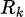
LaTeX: \scriptstyle R_{k}